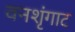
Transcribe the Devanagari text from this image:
वनशृंगाट